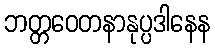
ဘတ္တဝေတနာနုပ္ပဒါနေန